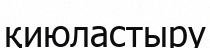
қиюластыру